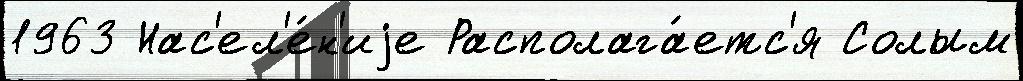
1963 Нас'ел'е́н'иjе Располага́етс'я Солым